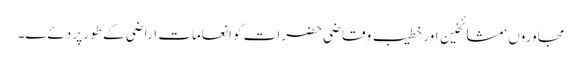
مجاوروں ‘مشائخین اور خطیب و قاضی حضرات کو انعامات اراضی کے طور پر دئےے۔